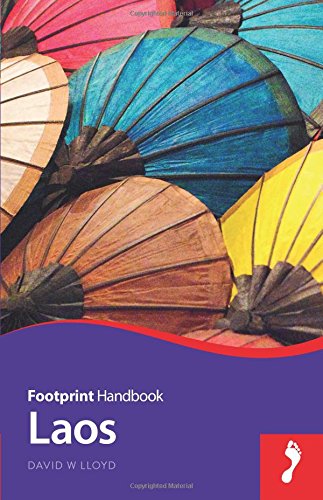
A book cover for Laos Handbook (Footprint - Handbooks); David Lloyd; Travel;